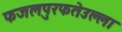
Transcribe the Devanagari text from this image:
फजलपुरफतेउल्ला